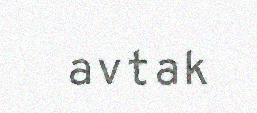
avtak